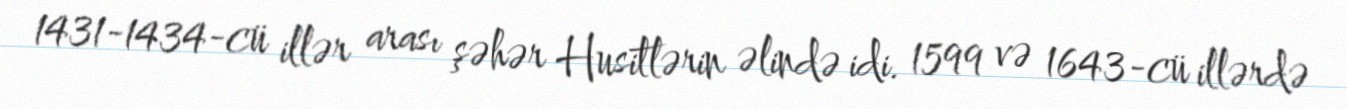
1431-1434-cü illər arası şəhər Husitlərin əlində idi. 1599 və 1643-cü illərdə